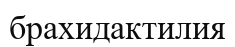
брахидактилия